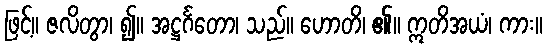
ဖြင့်။ ဇလိတွာ၊ ၍။ အဋ္ဌင်္ဂတော၊ သည်။ ဟောတိ၊ ၏။ ဣတိအယံ၊ ကား။